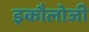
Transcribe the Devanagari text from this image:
इकौलोजी